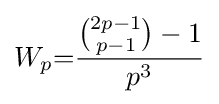
W_{p}{=}{\frac {{2p-1 \choose p-1}-1}{p^{3}}}